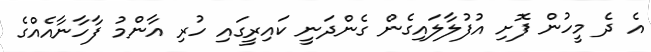
އެ ދެ މީހުން ފޮށި އުފުލާލައިގެން ގެންދަނީ ކައިރީގައި ހުރި އާންމު ފާހާނާއެއްގެ